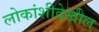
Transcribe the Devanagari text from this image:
लोकांशीदेखील